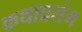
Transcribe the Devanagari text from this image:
कथाप्रसंग